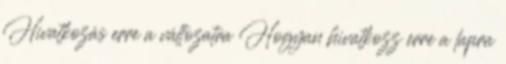
Hivatkozás erre a változatra Hogyan hivatkozz erre a lapra